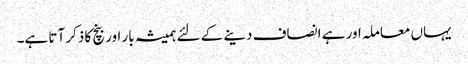
یہاں معاملہ اور ہے انصاف دینے کے لئے ہمیشہ بار اور بنچ کا ذکر آتا ہے۔